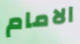
الامام